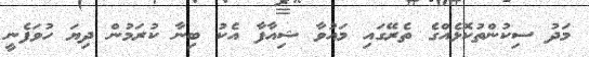
މަދު ސިކުންތުކޮޅެއްގެ ތެރޭގައި މައުވާ ޝިއާފާ އެކު ބިނާ ކުރަމުން ދިޔަ ހުވަފެނީ